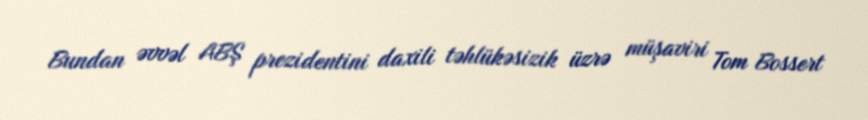
Bundan əvvəl ABŞ prezidentini daxili təhlükəsizik üzrə müşaviri Tom Bossert